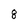
Character: 8